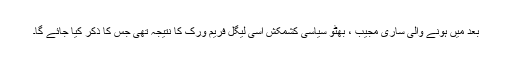
بعد میں ہونے والی ساری مجیب ، بھٹو سیاسی کشمکش اسی لیگل فریم ورک کا نتیجہ تھی جس کا ذکر کیا جائے گا۔